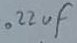
Text: .22uF